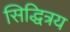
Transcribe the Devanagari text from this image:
सिद्धित्रय